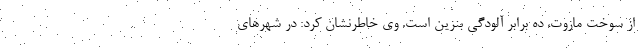
از سوخت مازوت، ده برابر آلودگی بنزین است. وی خاطرنشان کرد: در شهرهای